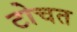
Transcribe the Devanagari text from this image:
टोचत